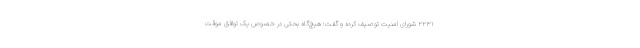
۲۲۳۱ شورای امنیت توصیف کرده و گفت: هیچ‌گاه بحثی در خصوص یک توافق موقت